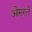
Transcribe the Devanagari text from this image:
ओसरले